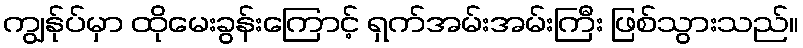
ကျွန်ုပ်မှာ ထိုမေးခွန်းကြောင့် ရှက်အမ်းအမ်းကြီး ဖြစ်သွားသည်။